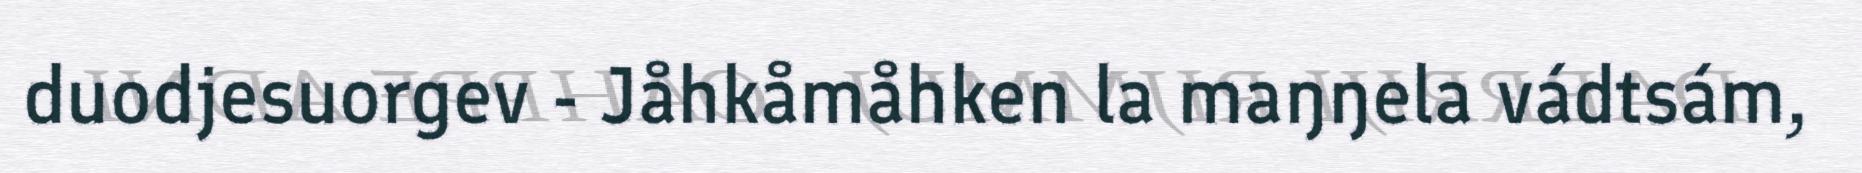
duodjesuorgev - Jåhkåmåhken la maŋŋela vádtsám,